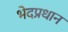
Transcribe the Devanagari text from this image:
भेदप्रधान